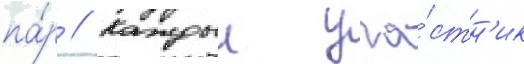
па́р // Каждыи уча́стн'ик